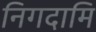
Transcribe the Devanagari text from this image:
निगदामि